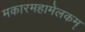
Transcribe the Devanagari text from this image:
मकारमहामेलकम्